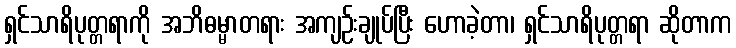
ရှင်သာရိပုတ္တရာကို အဘိဓမ္မာတရား အကျဉ်းချုပ်ပြီး ဟောခဲ့တာ၊ ရှင်သာရိပုတ္တရာ ဆိုတာက